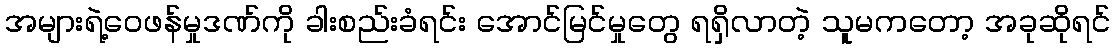
အများရဲ့ဝေဖန်မှုဒဏ်ကို ခါးစည်းခံရင်း အောင်မြင်မှုတွေ ရရှိလာတဲ့ သူမကတော့ အခုဆိုရင်